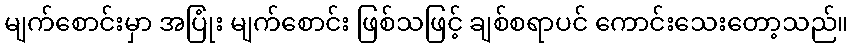
မျက်စောင်းမှာ အပြုံး မျက်စောင်း ဖြစ်သဖြင့် ချစ်စရာပင် ကောင်းသေးတော့သည်။